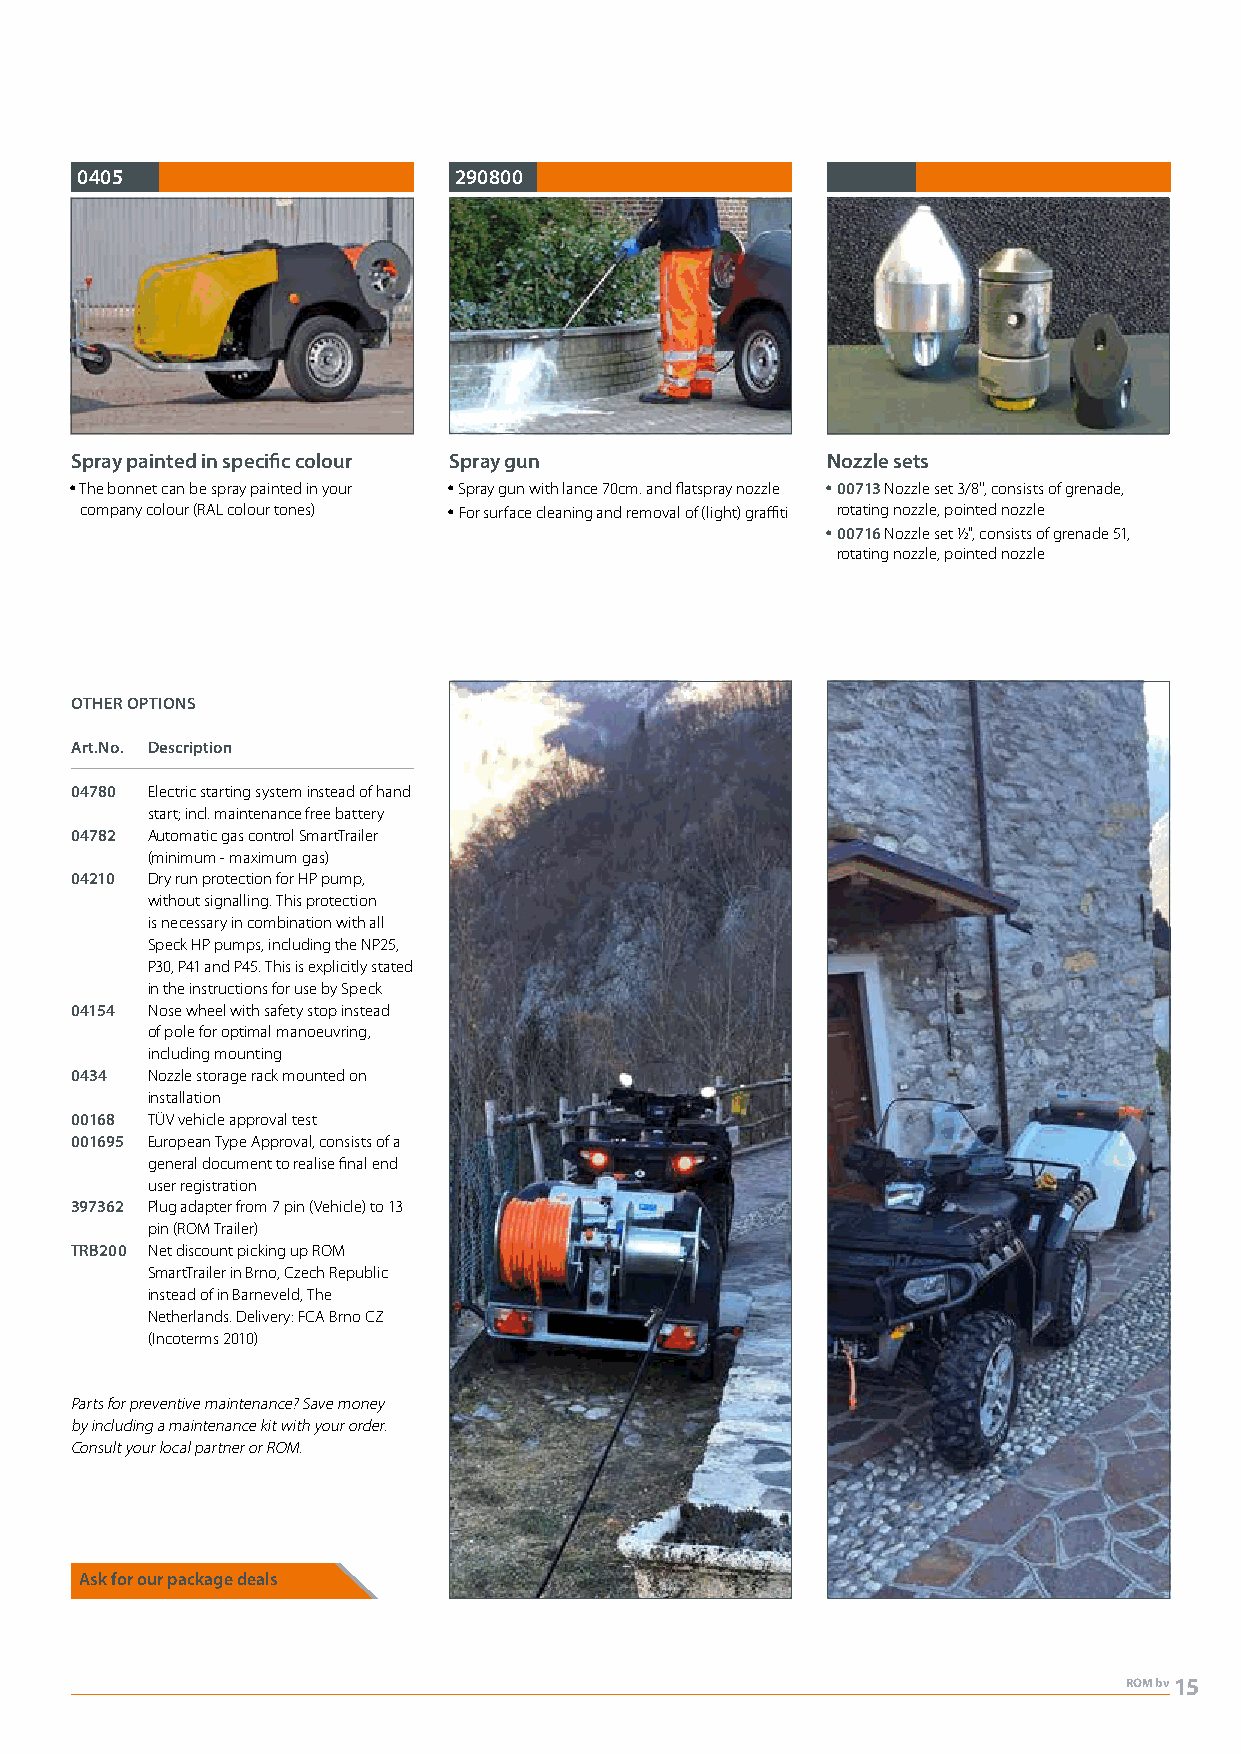
0405                     290800
 Spray painted in specific colour Spray gun        Nozzle sets
 y The bonnet can be spray painted in your y Spray gun with lance 70cm. and flatspray nozzle y 00713 Nozzle set 3/8'', consists of grenade,
 company colour (RAL colour tones) y For surface cleaning and removal of (light) graffiti rotating nozzle, pointed nozzle
 y 00716 Nozzle set ½", consists of grenade 51,
 rotating nozzle, pointed nozzle
 OTHER OPTIONS
 Art.No. Description
 04780 Electric starting system instead of hand
 start; incl. maintenance free battery
 04782 Automatic gas control SmartTrailer
 (minimum - maximum gas)
 04210 Dry run protection for HP pump,
 without signalling. This protection
 is necessary in combination with all
 Speck HP pumps, including the NP25,
 P30, P41 and P45. This is explicitly stated
 in the instructions for use by Speck
 04154 Nose wheel with safety stop instead
 of pole for optimal manoeuvring,
 including mounting
 0434 Nozzle storage rack mounted on
 installation
 00168 TÜV vehicle approval test
 001695 European Type Approval, consists of a
 general document to realise final end
 user registration
 397362 Plug adapter from 7 pin (Vehicle) to 13
 pin (ROM Trailer)
 TRB200 Net discount picking up ROM
 SmartTrailer in Brno, Czech Republic
 instead of in Barneveld, The
 Netherlands. Delivery: FCA Brno CZ
 (Incoterms 2010)
 Parts for preventive maintenance? Save money
 by including a maintenance kit with your order.
 Consult your local partner or ROM.
 Ask for our package deals
 ROM bv15